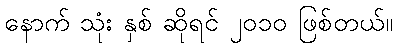
နောက် သုံး နှစ် ဆိုရင် ၂၀၁၀ ဖြစ်တယ်။